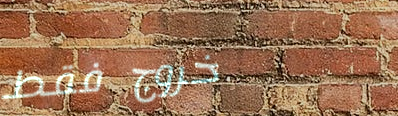
خروج فقط